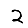
Digit: 2